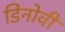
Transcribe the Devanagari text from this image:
डिनोवी